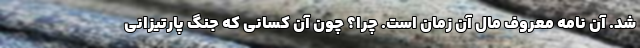
شد. آن نامه معروف مال آن زمان است. چرا؟ چون آن کسانی که جنگ پارتیزانی